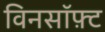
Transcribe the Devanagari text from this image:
विनसॉफ़्ट